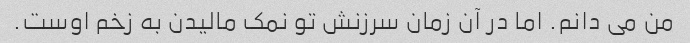
من می دانم. اما در آن زمان سرزنش تو نمک مالیدن به زخم اوست.